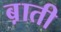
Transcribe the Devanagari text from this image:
ब़ाती